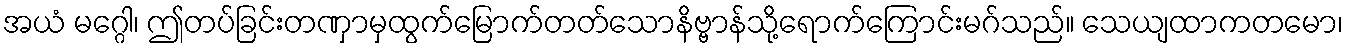
အယံ မဂ္ဂေါ၊ ဤတပ်ခြင်းတဏှာမှထွက်မြောက်တတ်သောနိဗ္ဗာန်သို့ရောက်ကြောင်းမဂ်သည်။ သေယျထာကတမော၊